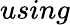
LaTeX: using